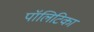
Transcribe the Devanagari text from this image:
पॉलिटिका